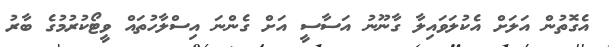
އެގޮތުން އަލަށް އެކުލަވައިލާ ގާނޫނު އަސާސީ އަށް ގެންނަ އިސްލާހުތައް ވީޓޯކުރުމުގެ ބާރު